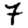
Digit: 7